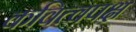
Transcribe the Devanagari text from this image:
कवित्वपक्ष